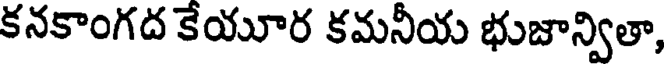
కనకాంగద కేయూర కమనీయ భుజాన్వితా,